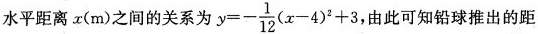
水平距离x(m)之间的关系为 $$y = - \frac { 1 } { 1 2 } ( x - 4 ) ^ { 2 } + 3$$ 由此可知铅球推出的距